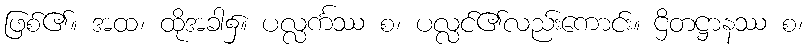
ဖြစ်၏။ အထ၊ ထိုအခါ၌။ ပလ္လင်္ကဿ စ၊ ပလ္လင်၏လည်းကောင်း။ ဌိတဋ္ဌာနဿ စ၊